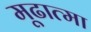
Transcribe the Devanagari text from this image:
मूढात्मा